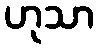
ဟုသာ